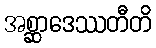
အစ္ဆာဒေဿတီတိ